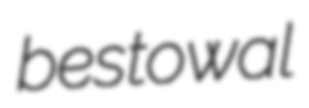
bestowal